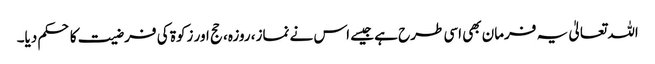
اللہ تعالیٰ یہ فرمان بھی اسی طرح ہے جیسے اس نے نماز، روزہ، حج اور زکوۃ کی فرضیت کا حکم دیا۔